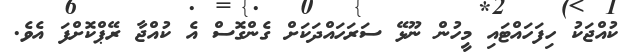
ކުއްޖަކު ހިފަހައްޓައި މީހުން ނޫޅޭ ސަރަހައްދަކަށް ގެންގޮސް އެ ކުއްޖާ ރޭޕްކޮށްފަ އެވެ.